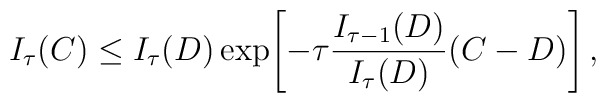
I_\tau(C) \le I_\tau(D)  \exp\!\left[-\tau {I_{\tau-1}(D) \over I_\tau(D)} (C-D)\right],